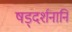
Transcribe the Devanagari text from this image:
षड्दर्शनानि